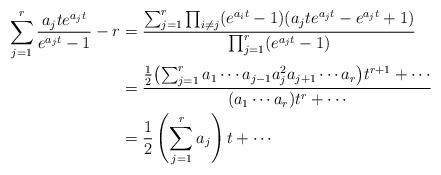
LaTeX: \begin{align*}\sum_{j=1}^r\frac{a_j t e^{a_j t}}{e^{a_j t}-1}-r&=\frac{\sum_{j=1}^r\prod_{i\ne j}(e^{a_i t}-1)(a_j t e^{a_j t}-e^{a_j t}+1)}{\prod_{j=1}^r(e^{a_j t}-1)}\\&=\frac{\frac{1}{2}\bigl(\sum_{j=1}^r a_1\cdots a_{j-1}a_j^2 a_{j+1}\cdots a_r\bigr)t^{r+1}+\cdots}{(a_1\cdots a_r)t^r+\cdots}\\&=\frac{1}{2}\left(\sum_{j=1}^r a_j\right)t+\cdots\end{align*}